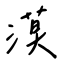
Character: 漠